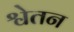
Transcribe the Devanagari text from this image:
श्वेतन